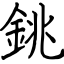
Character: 銚